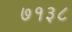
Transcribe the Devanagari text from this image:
७१३८